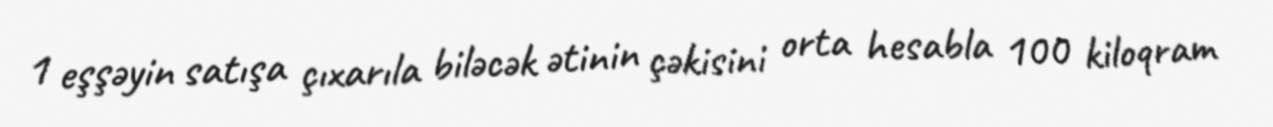
1 eşşəyin satışa çıxarıla biləcək ətinin çəkisini orta hesabla 100 kiloqram